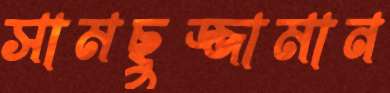
সামছুজ্জামান